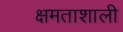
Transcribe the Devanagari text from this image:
क्षमताशाली